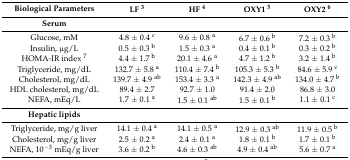
| Biological Parameters | LF 3 | HF 4 | OXY1 5 | OXY2 6 |
 | --- | --- | --- | --- | --- |
 | Serum |  |  |  |  |
 | Glucose, mM | 4.8 ± 0.4 c | 9.6 ± 0.8 a | 6.7 ± 0.6 b | 7.2 ± 0.3 b |
 | Insulin, μg/L | 0.5 ± 0.3 b | 1.5 ± 0.3 a | 0.4 ± 0.1 b | 0.3 ± 0.2 b |
 | HOMA-IR index 7 | 4.4 ± 1.7 b | 20.1 ± 4.6 a | 4.7 ± 1.2 b | 3.2 ± 1.4 b |
 | Triglyceride, mg/dL | 132.7 ± 5.8 a | 110.4 ± 7.4 b | 105.3 ± 5.3 b | 84.6 ± 5.9 c |
 | Cholesterol, mg/dL | 139.7 ± 4.9 ab | 153.4 ± 3.3 a | 142.3 ± 4.9 ab | 134.0 ± 4.7 b |
 | HDL cholesterol, mg/dL | 89.4 ± 2.7 | 92.7 ± 1.0 | 91.4 ± 2.0 | 86.8 ± 3.0 |
 | NEFA, mEq/L | 1.7 ± 0.1 a | 1.5 ± 0.1 ab | 1.5 ± 0.1 b | 1.1 ± 0.1 c |
 | Hepatic lipids |  |  |  |  |
 | Triglyceride, mg/g liver | 14.1 ± 0.4 a | 14.1 ± 0.5 a | 12.9 ± 0.3 ab | 11.9 ± 0.5 b |
 | Cholesterol, mg/g liver | 2.5 ± 0.2 a | 2.4 ± 0.1 a | 1.8 ± 0.1 b | 1.7 ± 0.1 b |
 | NEFA, 10−3 mEq/g liver | 3.6 ± 0.2 b | 4.6 ± 0.3 ab | 4.9 ± 0.4 ab | 5.6 ± 0.7 a |